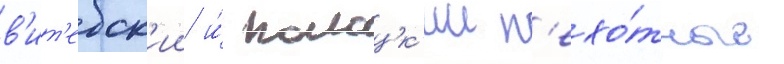
в'ит'ебск'ии и́ полоцк'ии п'ехо́тные